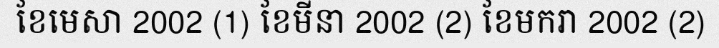
ខែមេសា 2002 (1) ខែមីនា 2002 (2) ខែមករា 2002 (2)